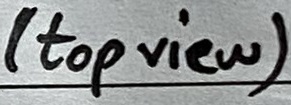
Text: (top view)